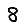
Digit: 8